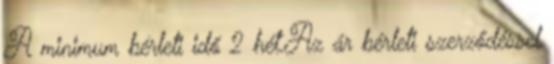
A minimum bérleti idő 2 hét.Az ár bérleti szerződéssel